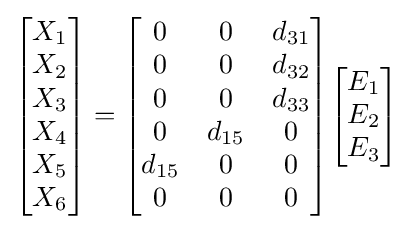
{\begin{bmatrix}X_{1}\\X_{2}\\X_{3}\\X_{4}\\X_{5}\\X_{6}\end{bmatrix}}={\begin{bmatrix}0&0&d_{31}\\0&0&d_{32}\\0&0&d_{33}\\0&d_{15}&0\\d_{15}&0&0\\0&0&0\end{bmatrix}}{\begin{bmatrix}E_{1}\\E_{2}\\E_{3}\end{bmatrix}}